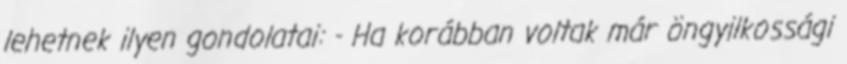
lehetnek ilyen gondolatai: - Ha korábban voltak már öngyilkossági